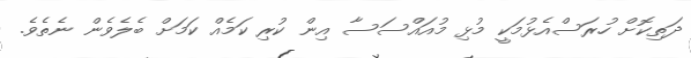
ދަތިކޮށް ހުރަސްއެޅުމަކީ މުޅި މުއައްސަސާ އިން ކުރި ކަމެއް ކަމަށް ބެލެވެން ނެތެވެ.